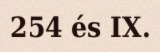
254 és IX.